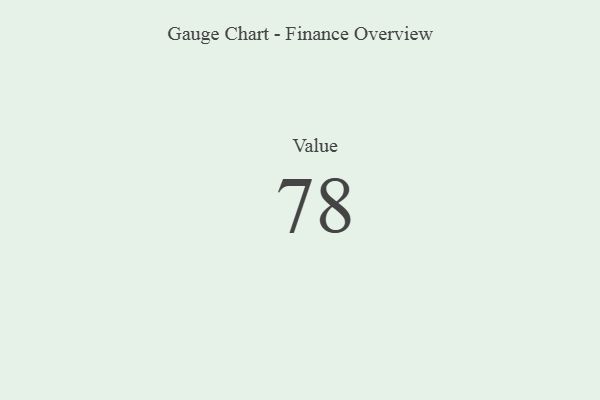
{"axis": {"x": "Metric", "y": "Value"}, "legend": [""], "data": [{"x": "Value", "y": 78, "type": ""}]}